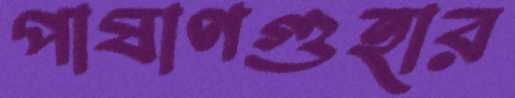
পাষাণগুহার